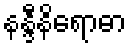
နန္ဒီနိရောဓာ